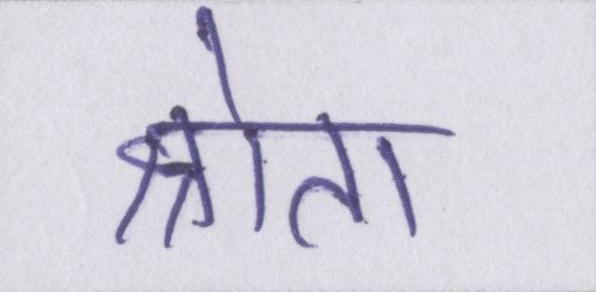
श्रोता